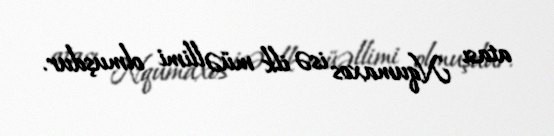
atası Nqumaxos isə ilk müəllimi olmuşdur.